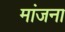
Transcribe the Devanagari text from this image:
मांजना